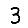
Digit: 3